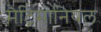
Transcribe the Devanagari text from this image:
मैट्रिमोनियल